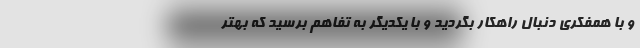
و با همفکری دنبال راهکار بگردید و با یکدیگر به تفاهم برسید که بهتر